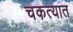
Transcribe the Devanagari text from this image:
चकत्यात